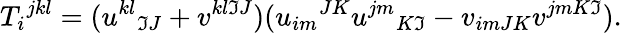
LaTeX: T_{i}{}^{jkl}=(u^{kl}{}_{\mathfrak{I}J}+v^{kl\mathfrak{I}J})(u_{im}{}^{JK}u^{jm}{}_{K\mathfrak{I}}-v_{imJK}v^{jmK\mathfrak{I}}).